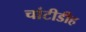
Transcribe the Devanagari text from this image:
चांटीडीह